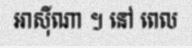
អាស៊ីណា ។ នៅ ពេល